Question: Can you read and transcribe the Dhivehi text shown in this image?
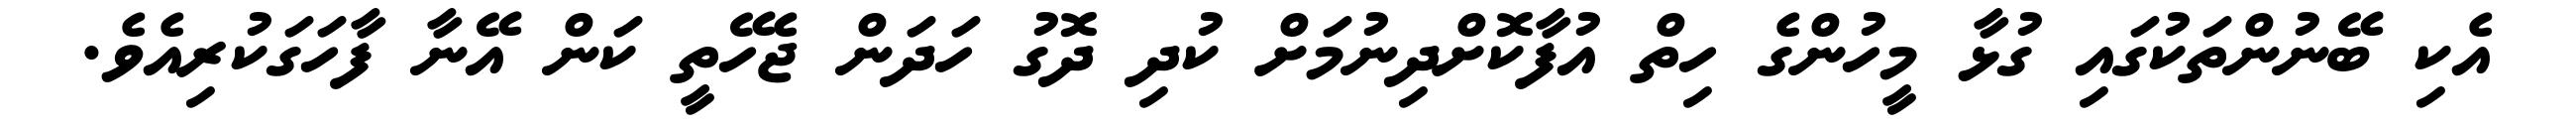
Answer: އެކި ބޭނުންތަކުގައި ގުޅާ މީހުންގެ ހިތް އުފާކޮށްދިނުމަށް ކުދި ދޮގު ހަދަން ޖެހޭތީ ކަން އޭނާ ފާހަގަކުރިއެވެ.